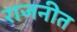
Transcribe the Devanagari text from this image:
राजनीत